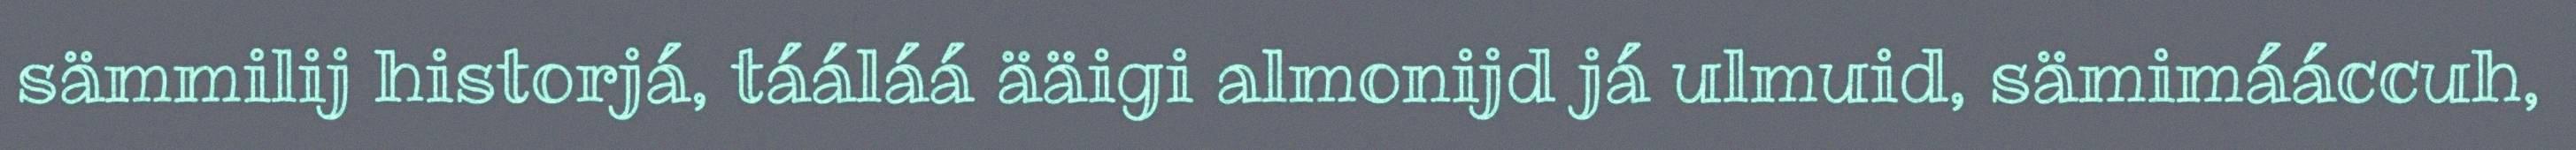
sämmilij historjá, tááláá ääigi almonijd já ulmuid, sämimááccuh,